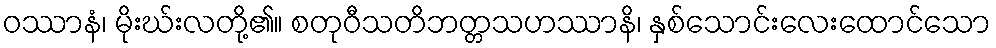
ဝဿာနံ၊ မိုးဃ်းလတို့၏။ စတုဝီသတိဘတ္တသဟဿာနိ၊ နှစ်သောင်းလေးထောင်သော